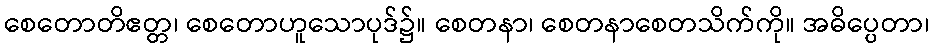
စေတောတိဧတ္တ၊ စေတောဟူသောပုဒ်၌။ စေတနာ၊ စေတနာစေတသိက်ကို။ အဓိပ္ပေတာ၊